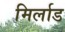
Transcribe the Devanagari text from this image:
मिर्लाड